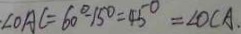
\angle O A C = 6 0 ^ { \circ } - 1 5 ^ { \circ } = 4 5 ^ { \circ } = \angle O C A .